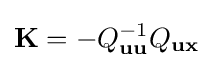
\mathbf {K} =-Q_{\mathbf {u} \mathbf {u} }^{-1}Q_{\mathbf {u} \mathbf {x} }